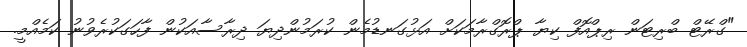
"ގްރޭޓް ބްރިޓަން ރިޕްއޮފް ކިޔާ ޕްރޮގްރާމަކަށް އަޅުގަނޑުމެން ކުރަމުންދިޔަ ދިރާސާއަކުން ފާހަގަކުރެވުނު ކަމެއްމީ.